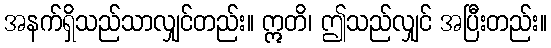
အနက်ရှိသည်သာလျှင်တည်း။ ဣတိ၊ ဤသည်လျှင် အပြီးတည်း။